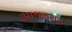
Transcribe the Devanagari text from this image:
आश्रमभ्रम्र